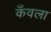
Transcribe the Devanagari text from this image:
कँवला